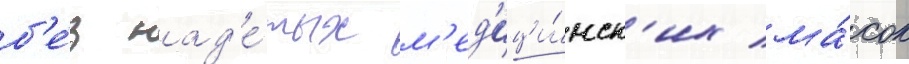
б'е́з над'е́тых м'ед'ици́нск'их ма́сок